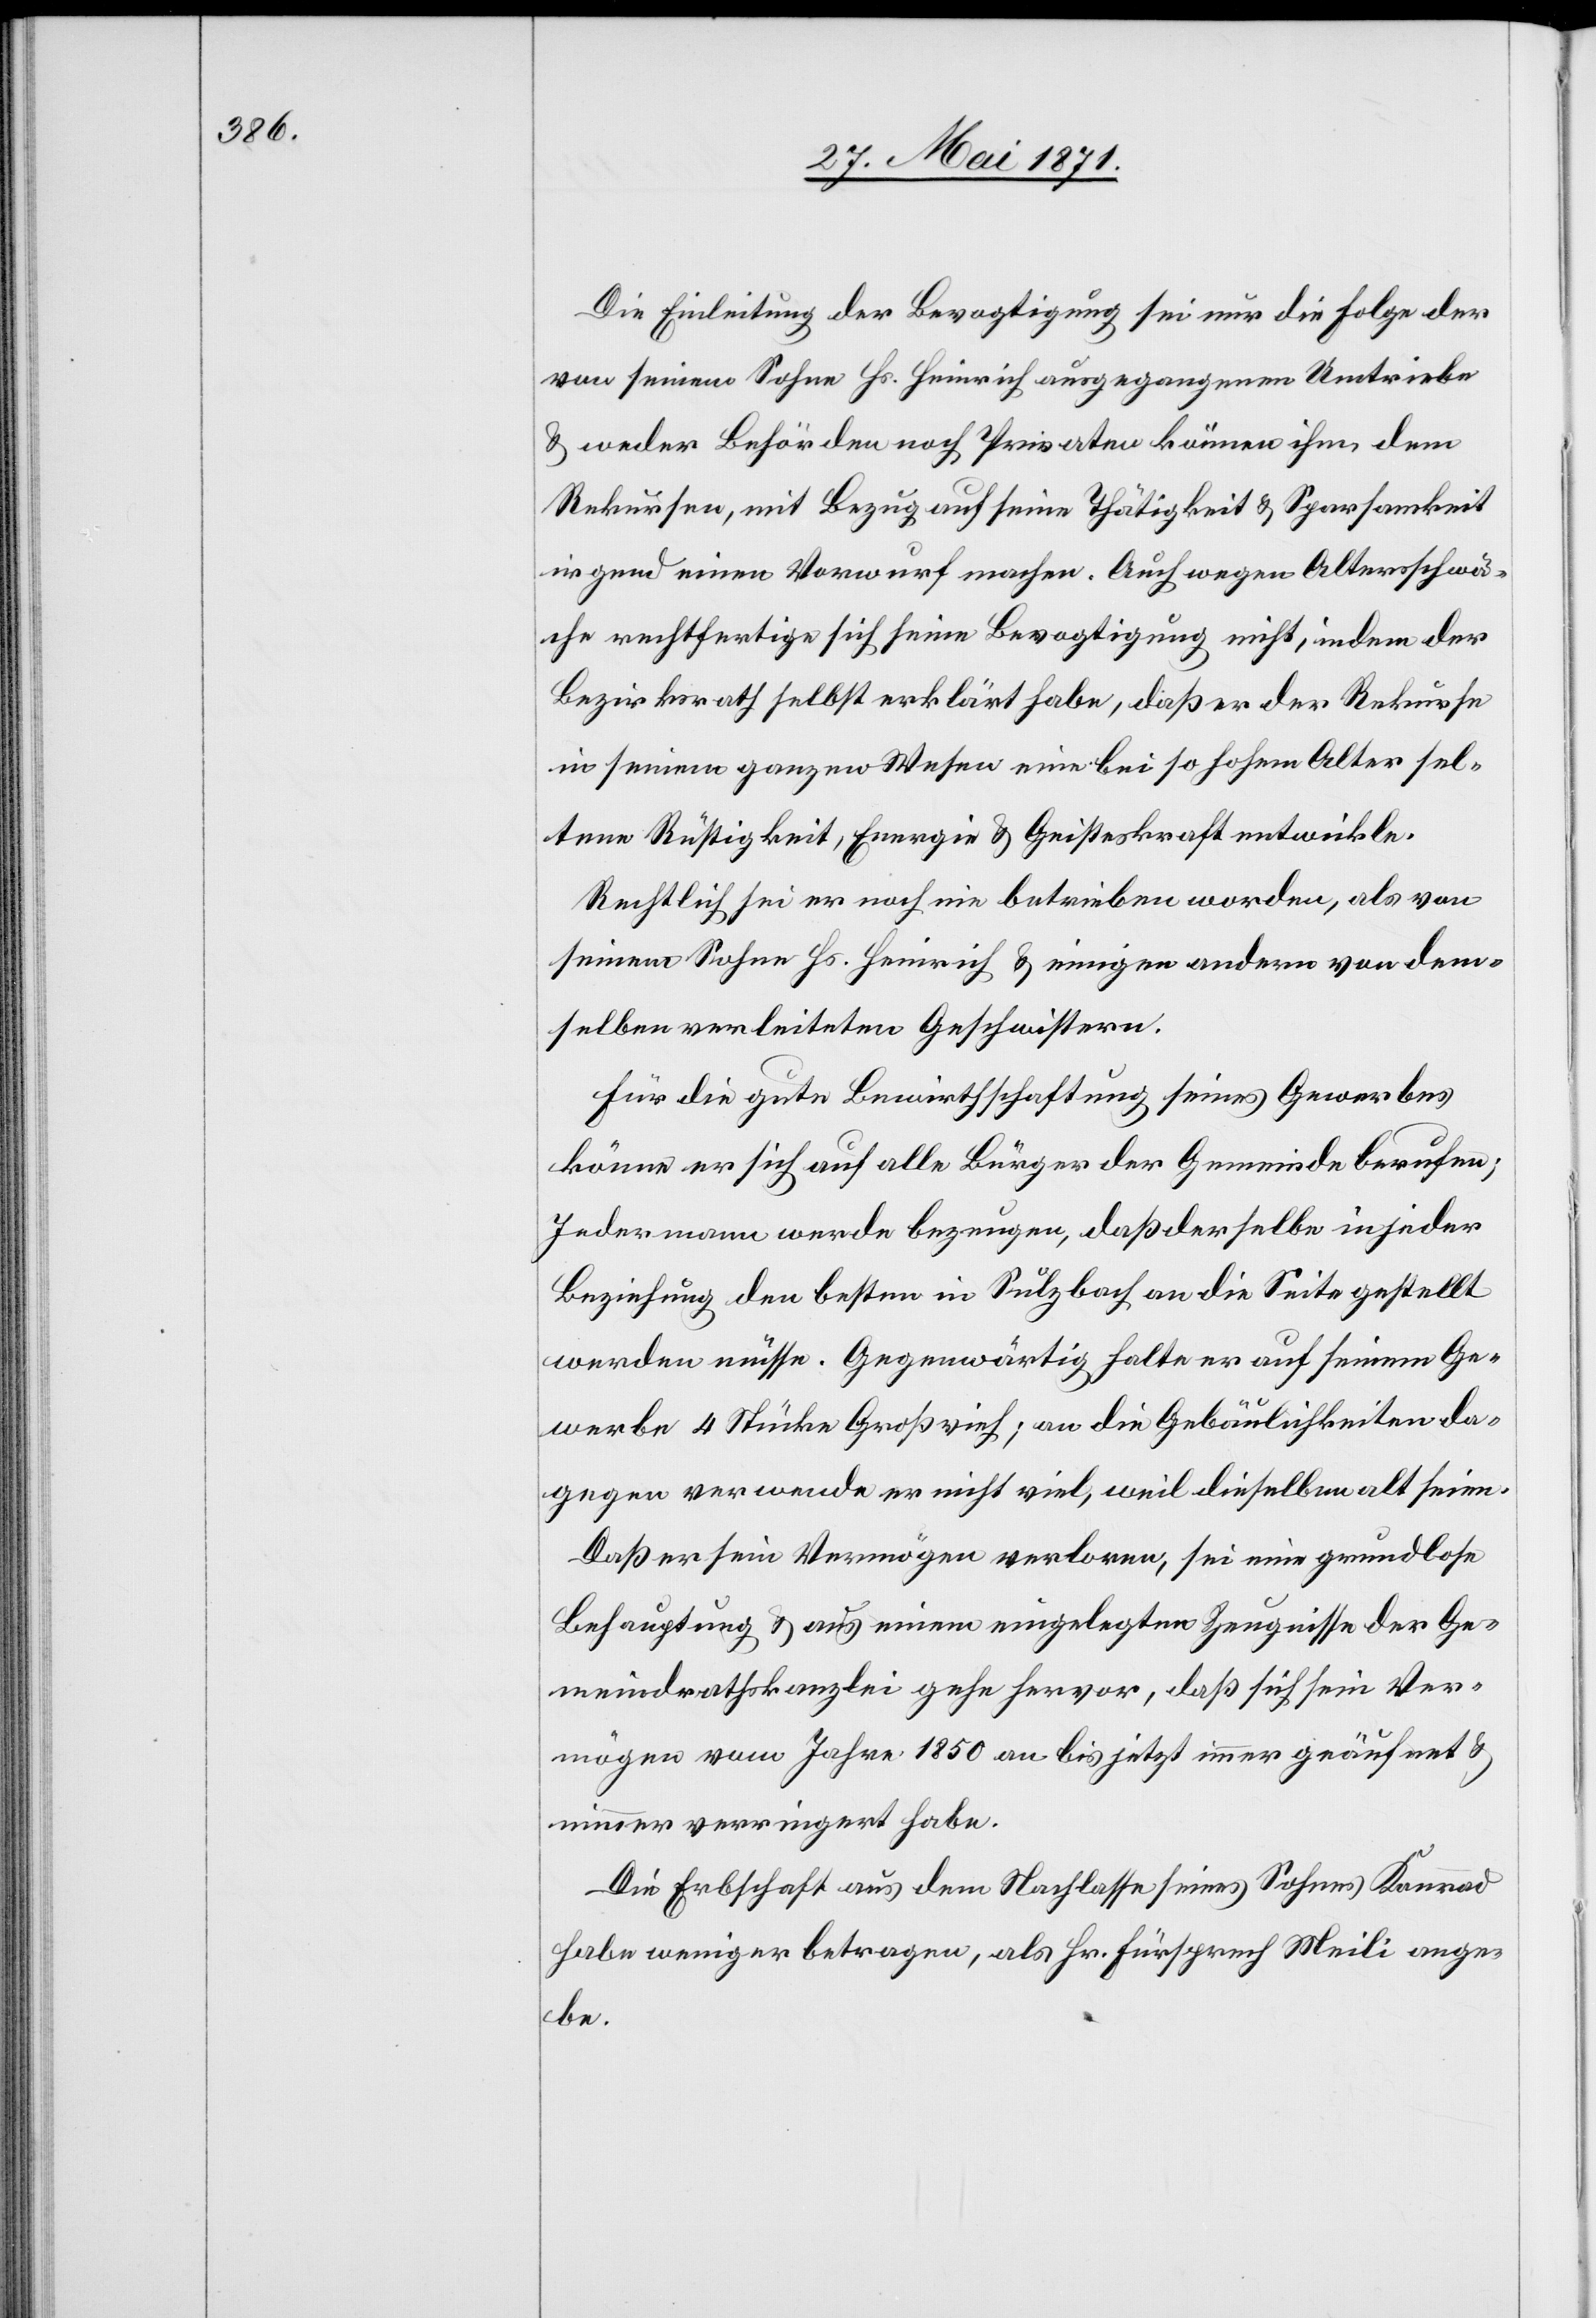
Die Einleitung der Bevogtigung sei nur die Folge der
von seinem Sohne Hs. Heinrich ausgegangenen Umtriebe
u. weder Behörden noch Privaten [sic!] können ihm, dem
Rekursen, mit Bezug auf seine Thätigkeit u. Sparsamkeit
irgend einen Vorwurf machen. Auch wegen Altersschwä¬
che rechtfertige sich seine Bevogtigung nicht, indem der
Bezirksrath selbst erklärt habe, daß er der Rekurse
in seinem ganzen Wesen eine bei so hohen Alter sel¬
tene Rüstigkeit, Energie u. Geisteskraft entwickle.
Rechtlich sei er noch nie betrieben worden, als von
seinem Sohne Hs. Heinrich u. einigen andern von dem¬
selben verleiteten Geschwistern.
Für die gute Bewirthschaftung seines Gewerbes
könne er sich auf alle Bürger der Gemeinde berufen;
Jedermann werde bezeugen, daß derselbe in jeder
Beziehung den besten in Sulzbach an die Seite gestellt
werden müsse. Gegenwärtig halte er auf seinem Ge¬
werbe 4 Stück Großvieh, an die Gebäulichkeiten da¬
gegen verwende er nicht viel, weil dieselben alt seien.
Daß er sein Vermögen verloren, sei eine grundlose
Behauptung u. aus einem eingelegten Zeugnisse der Ge¬
meindrathskanzlei gehe hervor, daß sich sein Ver¬
mögen vom Jahre 1850 an bis jetzt immer geäufert u.
nimmer verringert habe.
Die Erbschaft aus dem Nachlasse seines Sohnes Konrad
habe weniger betragen, als Hr. Fürsprech Meili ange¬
be.